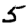
Digit: 5